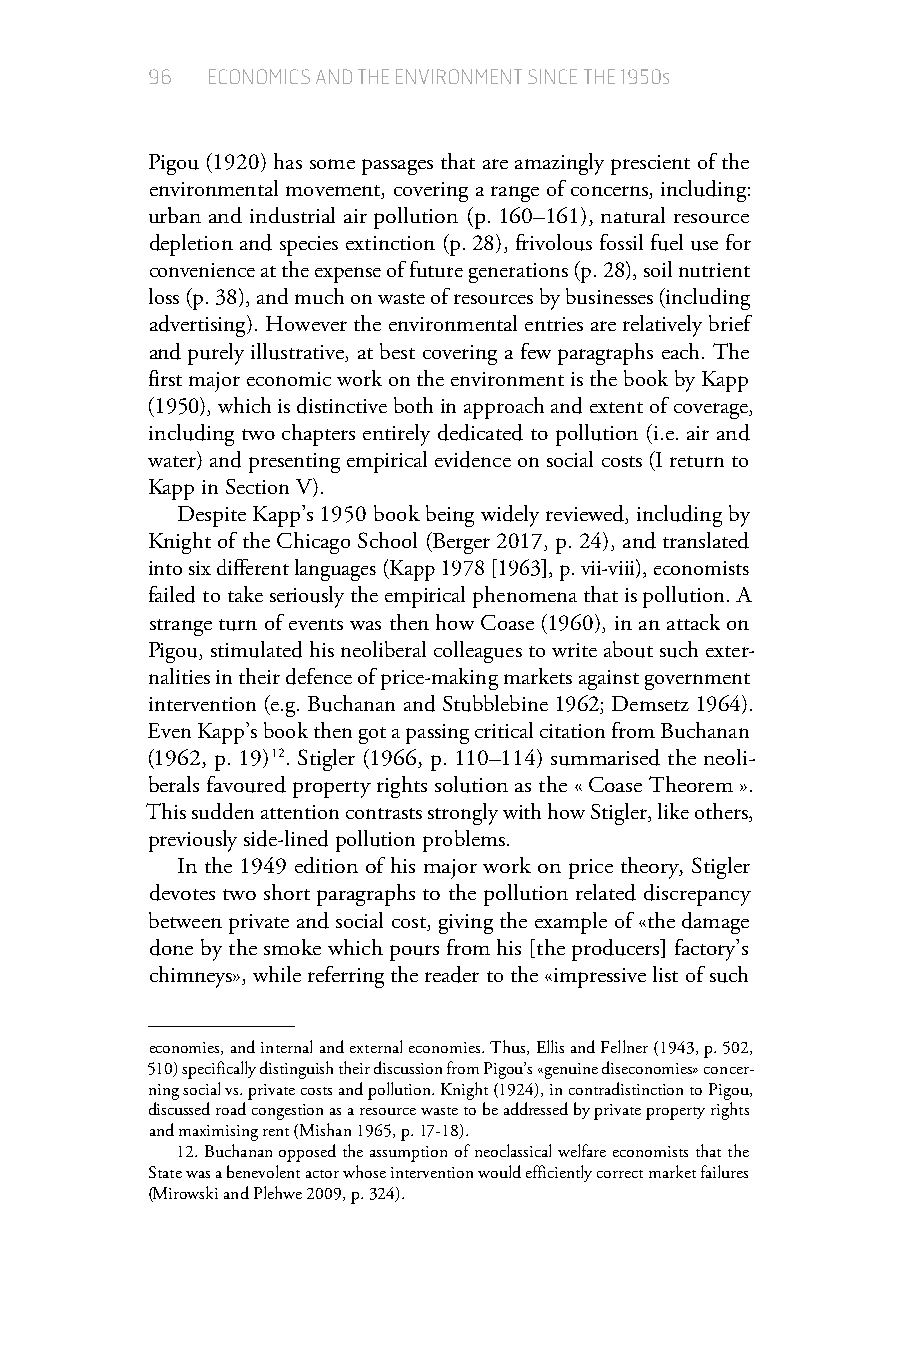
96  ECONOMICS AND THE ENVIRONMENT SINCE THE 1950s
 Pigou (1920) has some passages that are amazingly prescient of the
 environmental movement, covering a range of concerns, including:
 urban and industrial air pollution (p. 160–161), natural resource
 depletion and species extinction (p. 28), frivolous fossil fuel use for
 convenience at the expense of future generations (p. 28), soil nutrient
 loss (p. 38), and much on waste of resources by businesses (including
 advertising). However the environmental entries are relatively brief
 and purely illustrative, at best covering a few paragraphs each. The
 first major economic work on the environment is the book by Kapp
 (1950), which is distinctive both in approach and extent of coverage,
 including two chapters entirely dedicated to pollution (i.e. air and
 water) and presenting empirical evidence on social costs (I return to
 Kapp in Section V).
 Despite Kapp’s 1950 book being widely reviewed, including by
 Knight of the Chicago School (Berger 2017, p. 24), and translated
 into six different languages (Kapp 1978 [1963], p. vii-viii), economists
 failed to take seriously the empirical phenomena that is pollution. A
 strange turn of events was then how Coase (1960), in an attack on
 Pigou, stimulated his neoliberal colleagues to write about such exter-
 nalities in their defence of price-making markets against government
 intervention (e.g. Buchanan and Stubblebine 1962; Demsetz 1964).
 Even Kapp’s book then got a passing critical citation from Buchanan
 (1962, p. 19) 12. Stigler (1966, p. 110–114) summarised the neoli-
 berals favoured property rights solution as the « Coase Theorem ».
 This sudden attention contrasts strongly with how Stigler, like others,
 previously side-lined pollution problems.
 In the 1949 edition of his major work on price theory, Stigler
 devotes two short paragraphs to the pollution related discrepancy
 between private and social cost, giving the example of «the damage
 done by the smoke which pours from his [the producers] factory’s
 chimneys», while referring the reader to the «impressive list of such
 economies, and internal and external economies. Thus, Ellis and Fellner (1943, p. 502,
 510) specifically distinguish their discussion from Pigou’s «genuine diseconomies» concer-
 ning social vs. private costs and pollution. Knight (1924), in contradistinction to Pigou,
 discussed road congestion as a resource waste to be addressed by private property rights
 and maximising rent (Mishan 1965, p. 17-18).
 12.Buchanan opposed the assumption of neoclassical welfare economists that the
 State was a benevolent actor whose intervention would efficiently correct market failures
 (Mirowski and Plehwe 2009, p. 324).